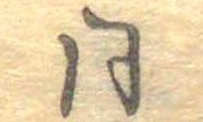
同